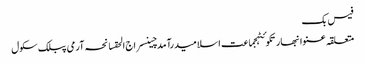
فیس بک
متعلقہ عنوانبھارتکوئٹہجماعت اسلامیدرآمدچینسراج الحقسانحہ آرمی پبلک سکول